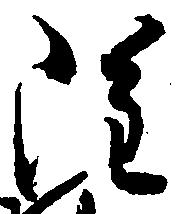
雖